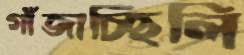
গাঁজাচ্ছিলি